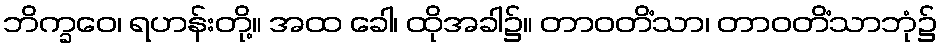
ဘိက္ခဝေ၊ ရဟန်းတို့။ အထ ခေါ၊ ထိုအခါ၌။ တာဝတိံသာ၊ တာဝတိံသာဘုံ၌